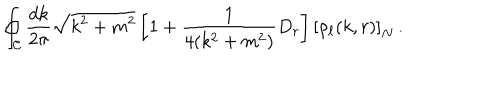
\oint _ { \cal C } \frac { d k } { 2 \pi } \sqrt { k ^ { 2 } + m ^ { 2 } } \left[ 1 + \frac { 1 } { 4 ( k ^ { 2 } + m ^ { 2 } ) } D _ { r } \right] \left[ \rho _ { \ell } ( k , r ) \right] _ { N } \, .